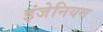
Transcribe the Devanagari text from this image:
इंजेनियम